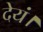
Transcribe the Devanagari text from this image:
देयं।